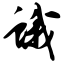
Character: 蛾